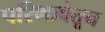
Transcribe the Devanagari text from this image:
परिभाषेतून